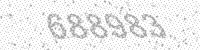
Solution: 688983